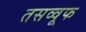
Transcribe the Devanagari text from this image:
तसव्वूफ